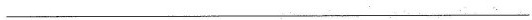
___